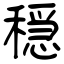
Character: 穏